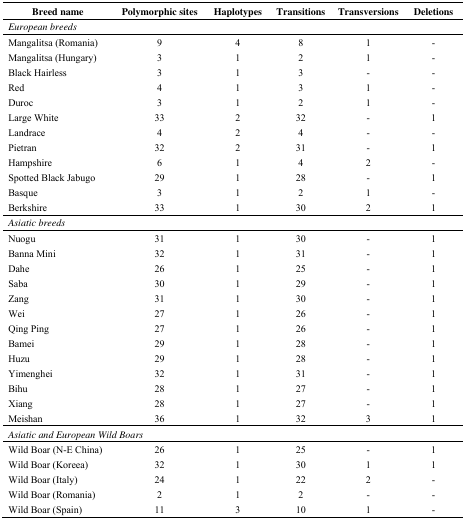
| Breed name | Polymorphic sites | Haplotypes | Transitions | Transversions | Deletions |
 | --- | --- | --- | --- | --- | --- |
 | <COLSPAN=6> European breeds |
 | Mangalitsa (Romania) | 9 | 4 | 8 | 1 | - |
 | Mangalitsa (Hungary) | 3 | 1 | 2 | 1 | - |
 | Black Hairless | 3 | 1 | 3 | - | - |
 | Red | 4 | 1 | 3 | 1 | - |
 | Duroc | 3 | 1 | 2 | 1 | - |
 | Large White | 33 | 2 | 32 | - | 1 |
 | Landrace | 4 | 2 | 4 | - | - |
 | Pietran | 32 | 2 | 31 | - | 1 |
 | Hampshire | 6 | 1 | 4 | 2 | - |
 | Spotted Black Jabugo | 29 | 1 | 28 | - | 1 |
 | Basque | 3 | 1 | 2 | 1 | - |
 | Berkshire | 33 | 1 | 30 | 2 | 1 |
 | <COLSPAN=6> Asiatic breeds |
 | Nuogu | 31 | 1 | 30 | - | 1 |
 | Banna Mini | 32 | 1 | 31 | - | 1 |
 | Dahe | 26 | 1 | 25 | - | 1 |
 | Saba | 30 | 1 | 29 | - | 1 |
 | Zang | 31 | 1 | 30 | - | 1 |
 | Wei | 27 | 1 | 26 | - | 1 |
 | Qing Ping | 27 | 1 | 26 | - | 1 |
 | Bamei | 29 | 1 | 28 | - | 1 |
 | Huzu | 29 | 1 | 28 | - | 1 |
 | Yimenghei | 32 | 1 | 31 | - | 1 |
 | Bihu | 28 | 1 | 27 | - | 1 |
 | Xiang | 28 | 1 | 27 | - | 1 |
 | Meishan | 36 | 1 | 32 | 3 | 1 |
 | <COLSPAN=6> Asiatic and European Wild Boars |
 | Wild Boar (N-E China) | 26 | 1 | 25 | - | 1 |
 | Wild Boar (Koreea) | 32 | 1 | 30 | 1 | 1 |
 | Wild Boar (Italy) | 24 | 1 | 22 | 2 | - |
 | Wild Boar (Romania) | 2 | 1 | 2 | - | - |
 | Wild Boar (Spain) | 11 | 3 | 10 | 1 | - |